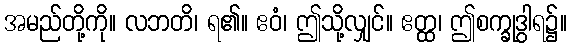
အမည်တို့ကို။ လဘတိ၊ ရ၏။ ဧဝံ၊ ဤသို့လျှင်။ ဧတ္ထ၊ ဤစက္ခုဒွါရ၌။